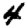
Digit: 4